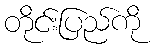
တိုင်းပြည်ကို